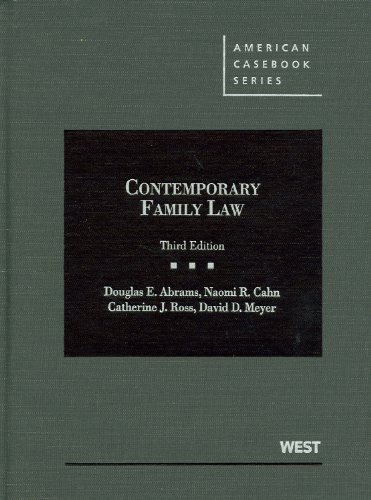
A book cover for Contemporary Family Law (American Casebook Series); Douglas Abrams; Law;